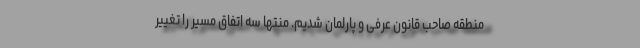
منطقه صاحب قانون عرفی و پارلمان شدیم. منتها سه اتفاق مسیر را تغییر